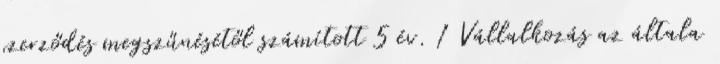
szerződés megszűnésétől számított 5 év. 1 Vállalkozás az általa